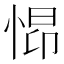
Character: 𱞞